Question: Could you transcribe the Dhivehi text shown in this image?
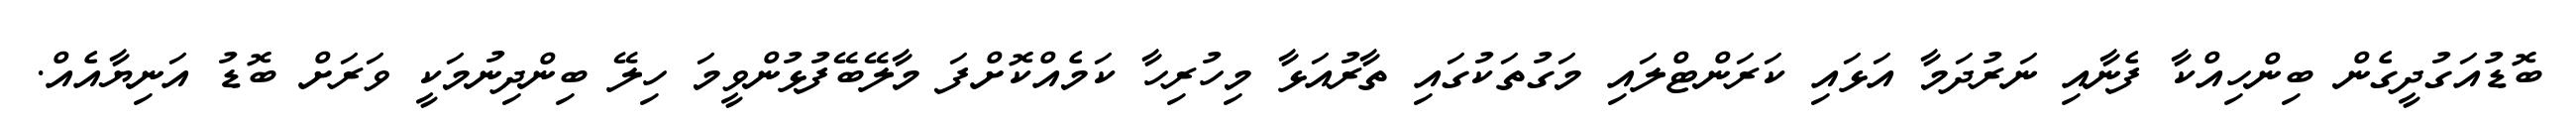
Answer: ބޮޑުއަގުދީގެން ބިންހިއްކާ ފެނާއި ނަރުދަމާ އަޅައި ކަރަންޓްލައި މަގުތަކުގައި ތާރުއަޅާ މިހުރިހާ ކަމެއްކޮށްފަ މާލޭބޭފުޅުންވީމަ ހިލޭ ބިންދިނުމަކީ ވަރަށް ބޮޑު އަނިޔާއެއް.